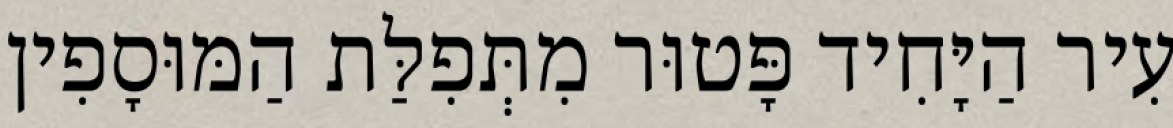
עִיר הַיָּחִיד פָּטוּר מִתְּפִלַּת הַמּוּסָפִין